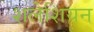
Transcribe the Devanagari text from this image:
शलेशियन